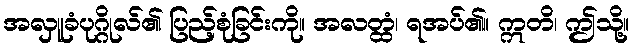
အလှူခံပုဂ္ဂိုလ်၏ ပြည့်စုံခြင်းကို။ အလတ္ထံ၊ ရအပ်၏။ ဣတိ၊ ဤသို့။